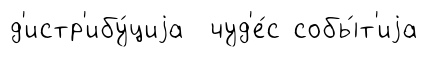
д'истр'ибу́циjа чуд'е́с собы́т'иjа